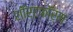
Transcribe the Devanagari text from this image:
शॉर्टफॉर्म